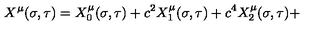
X ^ { \mu } ( \sigma , \tau ) = X _ { 0 } ^ { \mu } ( \sigma , \tau ) + c ^ { 2 } X _ { 1 } ^ { \mu } ( \sigma , \tau ) + c ^ { 4 } X _ { 2 } ^ { \mu } ( \sigma , \tau ) +